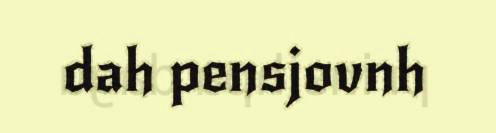
dah pensjovnh